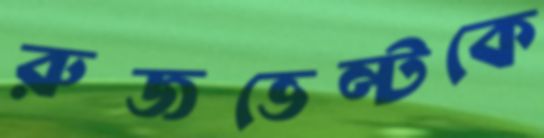
রুজভেল্টকে